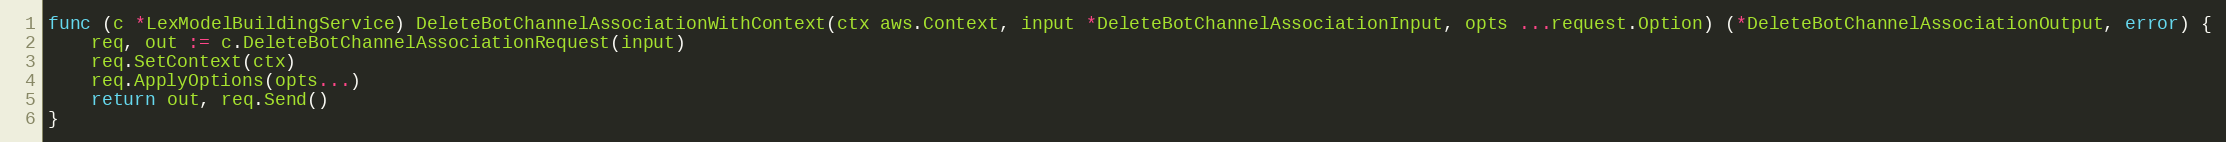
Language: Go
func (c *LexModelBuildingService) DeleteBotChannelAssociationWithContext(ctx aws.Context, input *DeleteBotChannelAssociationInput, opts ...request.Option) (*DeleteBotChannelAssociationOutput, error) {
	req, out := c.DeleteBotChannelAssociationRequest(input)
	req.SetContext(ctx)
	req.ApplyOptions(opts...)
	return out, req.Send()
}